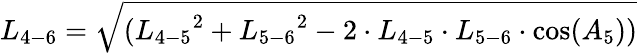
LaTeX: {L_{4-6}}=\sqrt{({L_{4-5}}^{2}+{L_{5-6}}^{2}-2\cdot{L_{4-5}}\cdot{L_{5-6}}\cdot\cos({A_{5}}))}